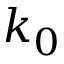
k _ { 0 }